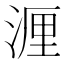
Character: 湹